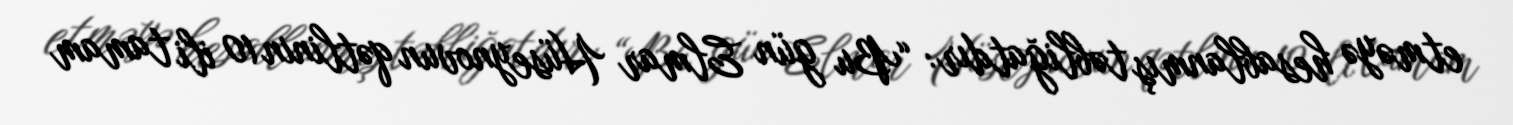
etməyə hesablanmış təbliğatdır: “Bu gün Elmar Hüseynovun qətlinin 10 ili tamam